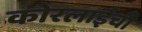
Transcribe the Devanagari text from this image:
कोरलाईची